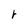
Character: r